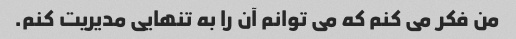
من فکر می کنم که می توانم آن را به تنهایی مدیریت کنم.